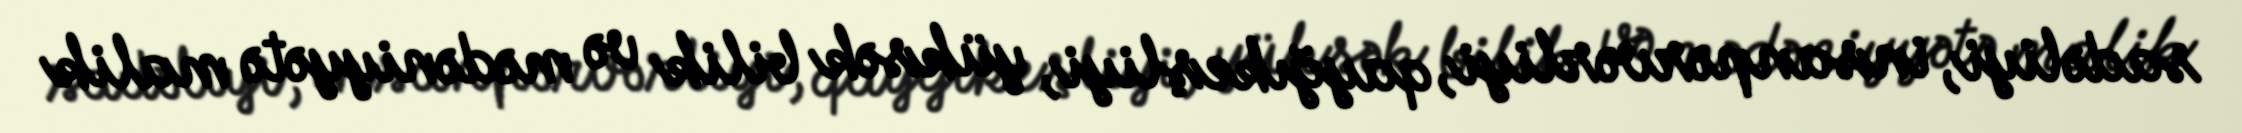
sadəliyi, insanpərvərliyi, qayğıkeşliyi, yüksək bilik və mədəniyyətə malik